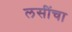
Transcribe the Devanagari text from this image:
लसींचा